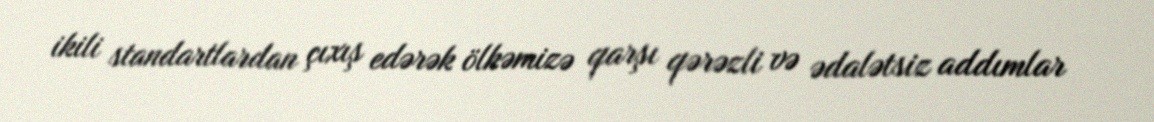
ikili standartlardan çıxış edərək ölkəmizə qarşı qərəzli və ədalətsiz addımlar